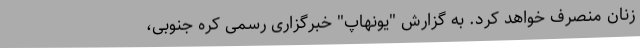
زنان منصرف خواهد کرد. به گزارش "یونهاپ" خبرگزاری رسمی کره جنوبی،